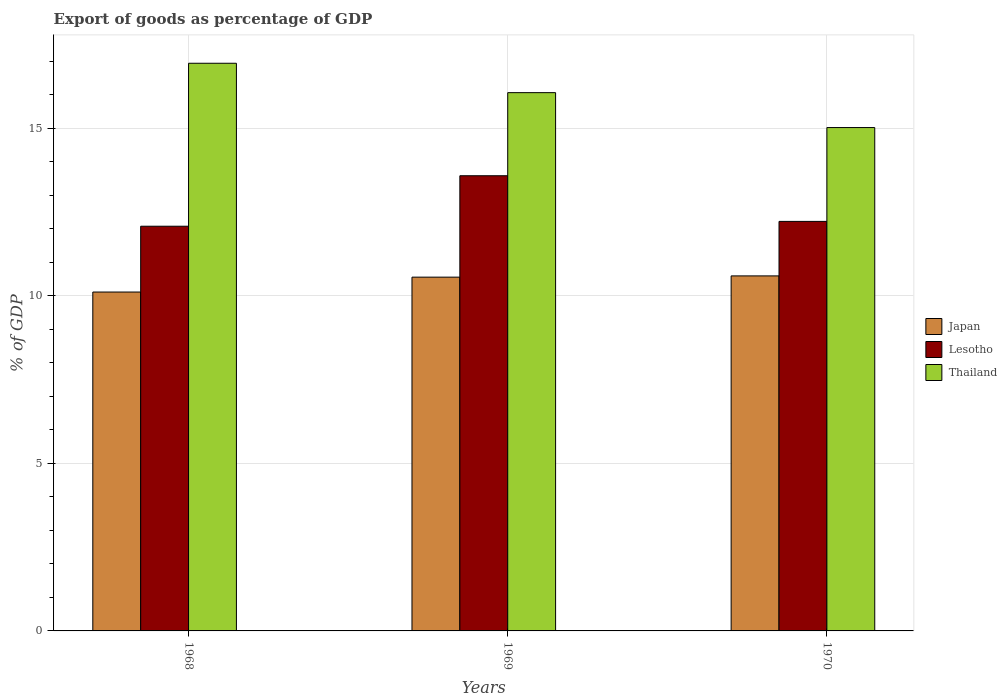
| Years | Japan | Lesotho | Thailand |
 | --- | --- | --- | --- |
 | 1968 | 10.1 | 12.1 | 16.9 |
 | 1969 | 10.6 | 13.6 | 16.1 |
 | 1970 | 10.6 | 12.2 | 15 |